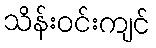
သိန်းဝင်းကျင်